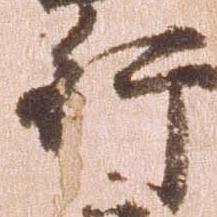
行